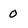
Character: 0